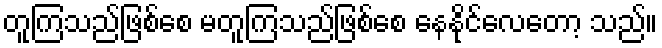
တူကြသည်ဖြစ်စေ မတူကြသည်ဖြစ်စေ နေနိုင်လေတော့ သည်။